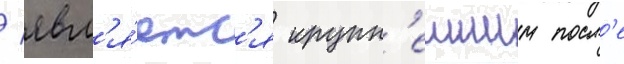
/ явл'я́етс'я крупн'еишим посл'е